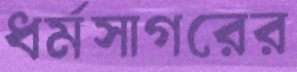
ধর্মসাগরের